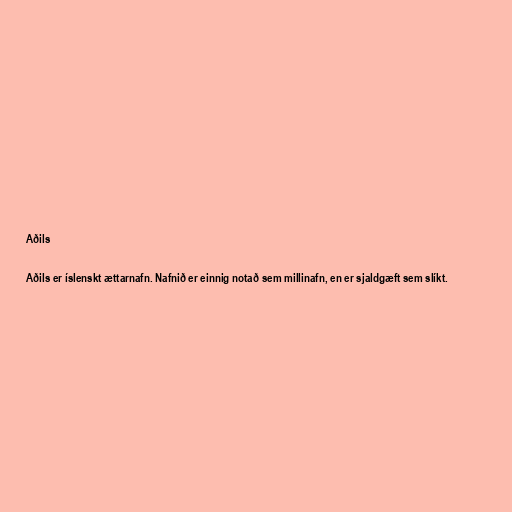
Aðils

Aðils er íslenskt ættarnafn. Nafnið er einnig notað sem millinafn, en er sjaldgæft sem slíkt.